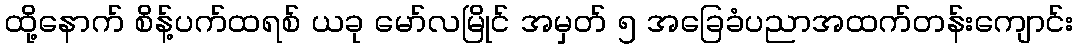
ထို့နောက် စိန့်ပက်ထရစ် ယခု မော်လမြိုင် အမှတ် ၅ အခြေခံပညာအထက်တန်းကျောင်း